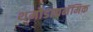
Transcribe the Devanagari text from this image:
थर्मोडायनॅमिक